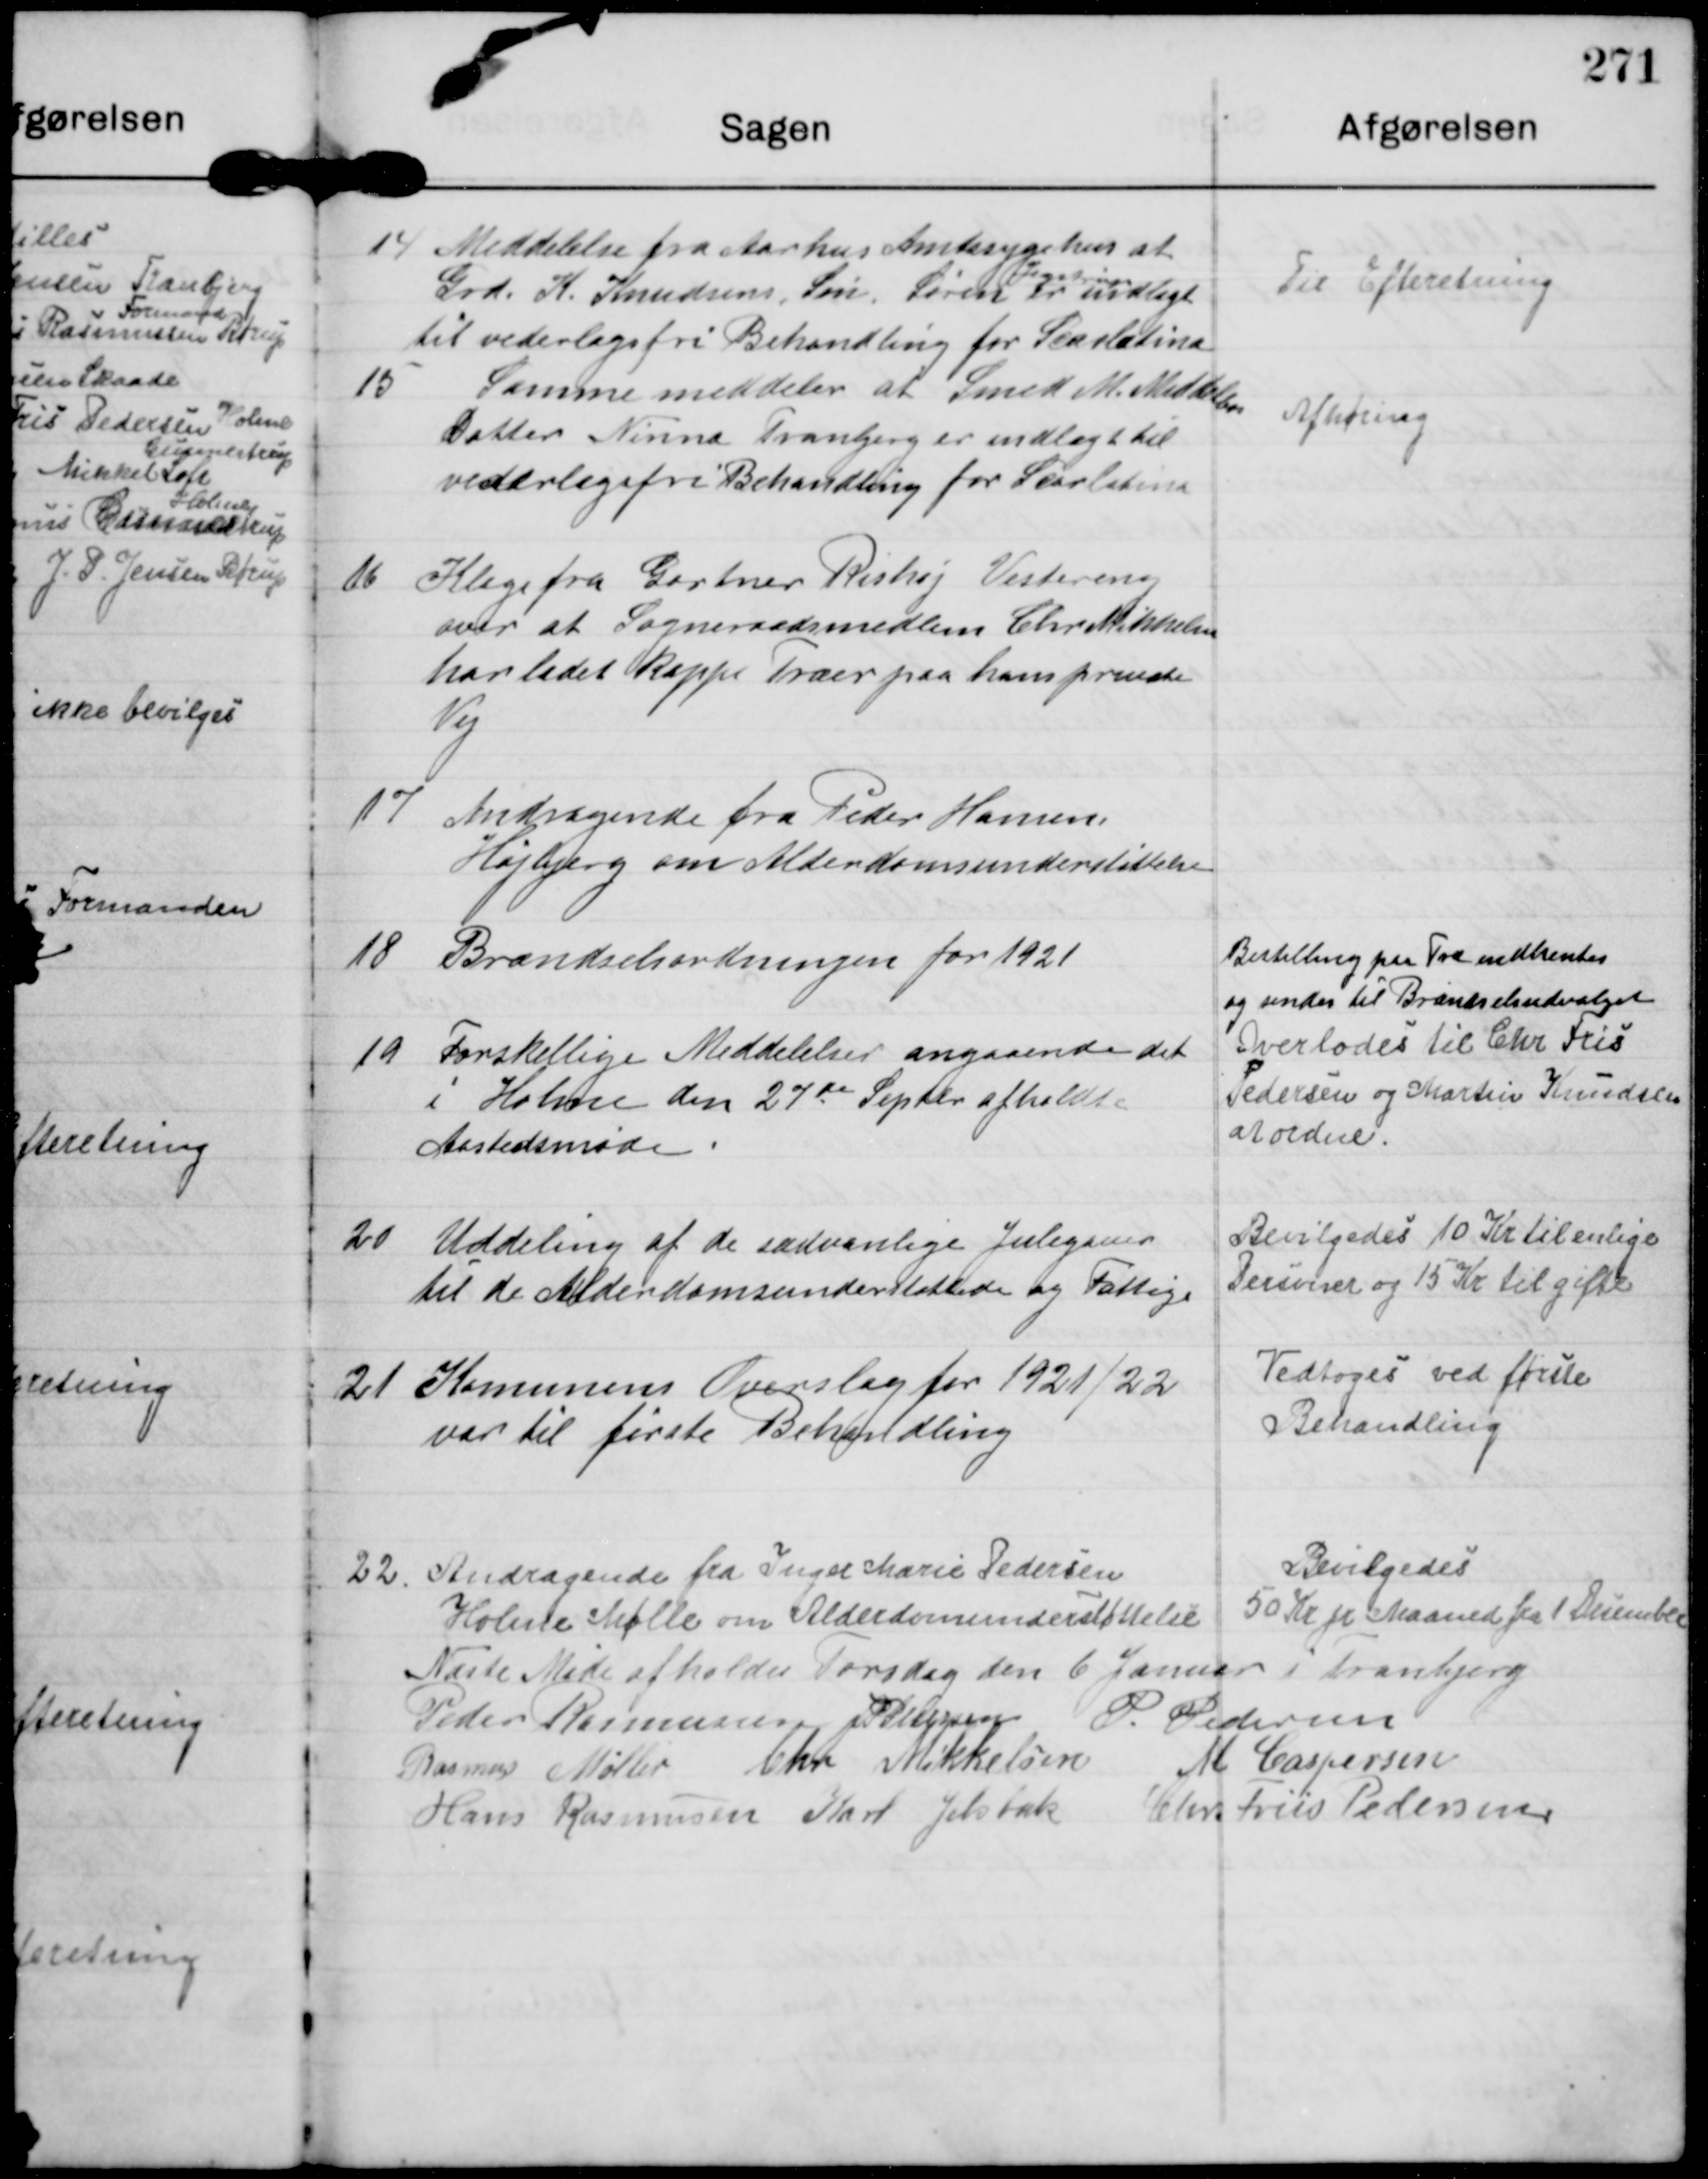
Transskription:
14

Meddelelse fra Aarhus Amtssygehus at
Grd. K. Knudsens Søn, Søren
Jegstrup
er indlagt
til vederlagsfri Behandling for Scarlatina

Til Efteretning.

15

Samme meddeler at Smed M. Middelbos
Datter Ninna Tranbjerg er indlagt til
vederlagsfri Behandling for Scarlatina

Afhøring

16

Klage fra Gartner Rishøj Vestereng
over at Sogneraadsmedlem Chr Mikkelsen
har ladet Kappe Træer paa hans private
Vej

17

Andragende fra Peder Hamen
Højbjerg om Alderdomsunderstøttelse

18

Brændselsordningen for 1921

Bestilling paa Træ nedhentes
og sendes til Brændselsudvalget

19

Forskellige Meddelelser angaaende det
i Holme den 27de Septbr afholdte
Aastedsmøde

Overlodes til Chr Fris
Pedersen og Martin Knudsen
at ordne.

20

Uddeling af de sædvanlige Julegaver
til de Alderdomsunderstøttede og Fattige

Bevilgedes 10 Kr til enlige
Personer og 15 Kr til gifte

21

Komunens Overslag for 1921/22.
var til første Behandling

Vedtoges ved første
Behandling.

22.

Andragende fra Inger Marie Pedersen
Holme Mølle om Alderdomsunderstøttelse

Bevilgedes
50 Kr pr Maaned fra 1 December

Næste Møde afholdes Torsdag den 6 Januar i Tranbjerg

Peder Rasmussen J P Pederen P. Pedersen
Rasmus Møller Chr Mikkelsen M Caspersen
Hans Rasmussen Karl Jelsbak Chr. Friis Pedersen